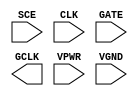
module sky130_fd_sc_hs__sdlclkp (
    //# {{scanchain|Scan Chain}}
    input  SCE ,

    //# {{clocks|Clocking}}
    input  CLK ,
    input  GATE,
    output GCLK,

    //# {{power|Power}}
    input  VPWR,
    input  VGND
);
endmodule